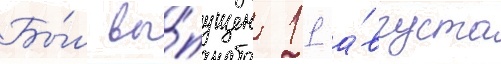
Бы́л вы́пущен 11 а́вгуста